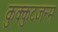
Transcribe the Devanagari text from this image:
कुक्कुटजन्म